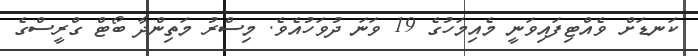
ކަނޑަށް ވެއްޓިފައިވަނީ މެއިމަހުގެ 19 ވަނަ ދުވަހުއެވެ. މިސްރު މަތިންދާ ބޯޓް ގްރީސްގެ